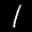
Label: 1